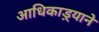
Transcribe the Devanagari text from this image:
आधिकाड़्याने